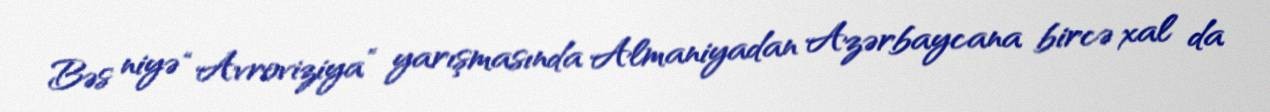
Bəs niyə “Avroviziya” yarışmasında Almaniyadan Azərbaycana bircə xal da